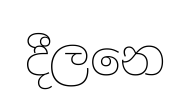
දීලනෙ